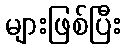
များဖြစ်ပြီး